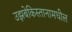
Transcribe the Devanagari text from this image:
उझबेकिस्तानामधील